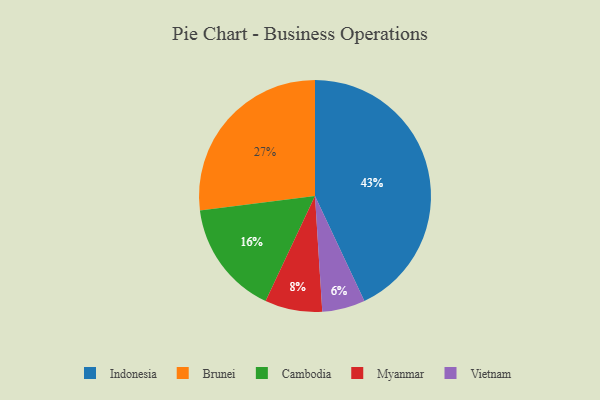
{"axis": {"x": "Category", "y": "Percentage"}, "legend": ["Brunei", "Cambodia", "Indonesia", "Myanmar", "Vietnam"], "data": [{"x": "Brunei", "y": 27, "type": "Brunei"}, {"x": "Indonesia", "y": 43, "type": "Indonesia"}, {"x": "Cambodia", "y": 16, "type": "Cambodia"}, {"x": "Myanmar", "y": 8, "type": "Myanmar"}, {"x": "Vietnam", "y": 6, "type": "Vietnam"}]}